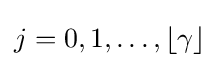
j=0,1,\ldots ,\lfloor \gamma \rfloor